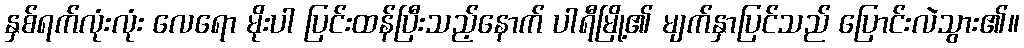
နှစ်ရက်လုံးလုံး လေရော မိုးပါ ပြင်းထန်ပြီးသည့်နောက် ပါရီမြို့၏ မျက်နှာပြင်သည် ပြောင်းလဲသွား၏။